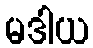
မဒါယ